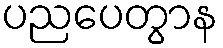
ပညပေတွာန